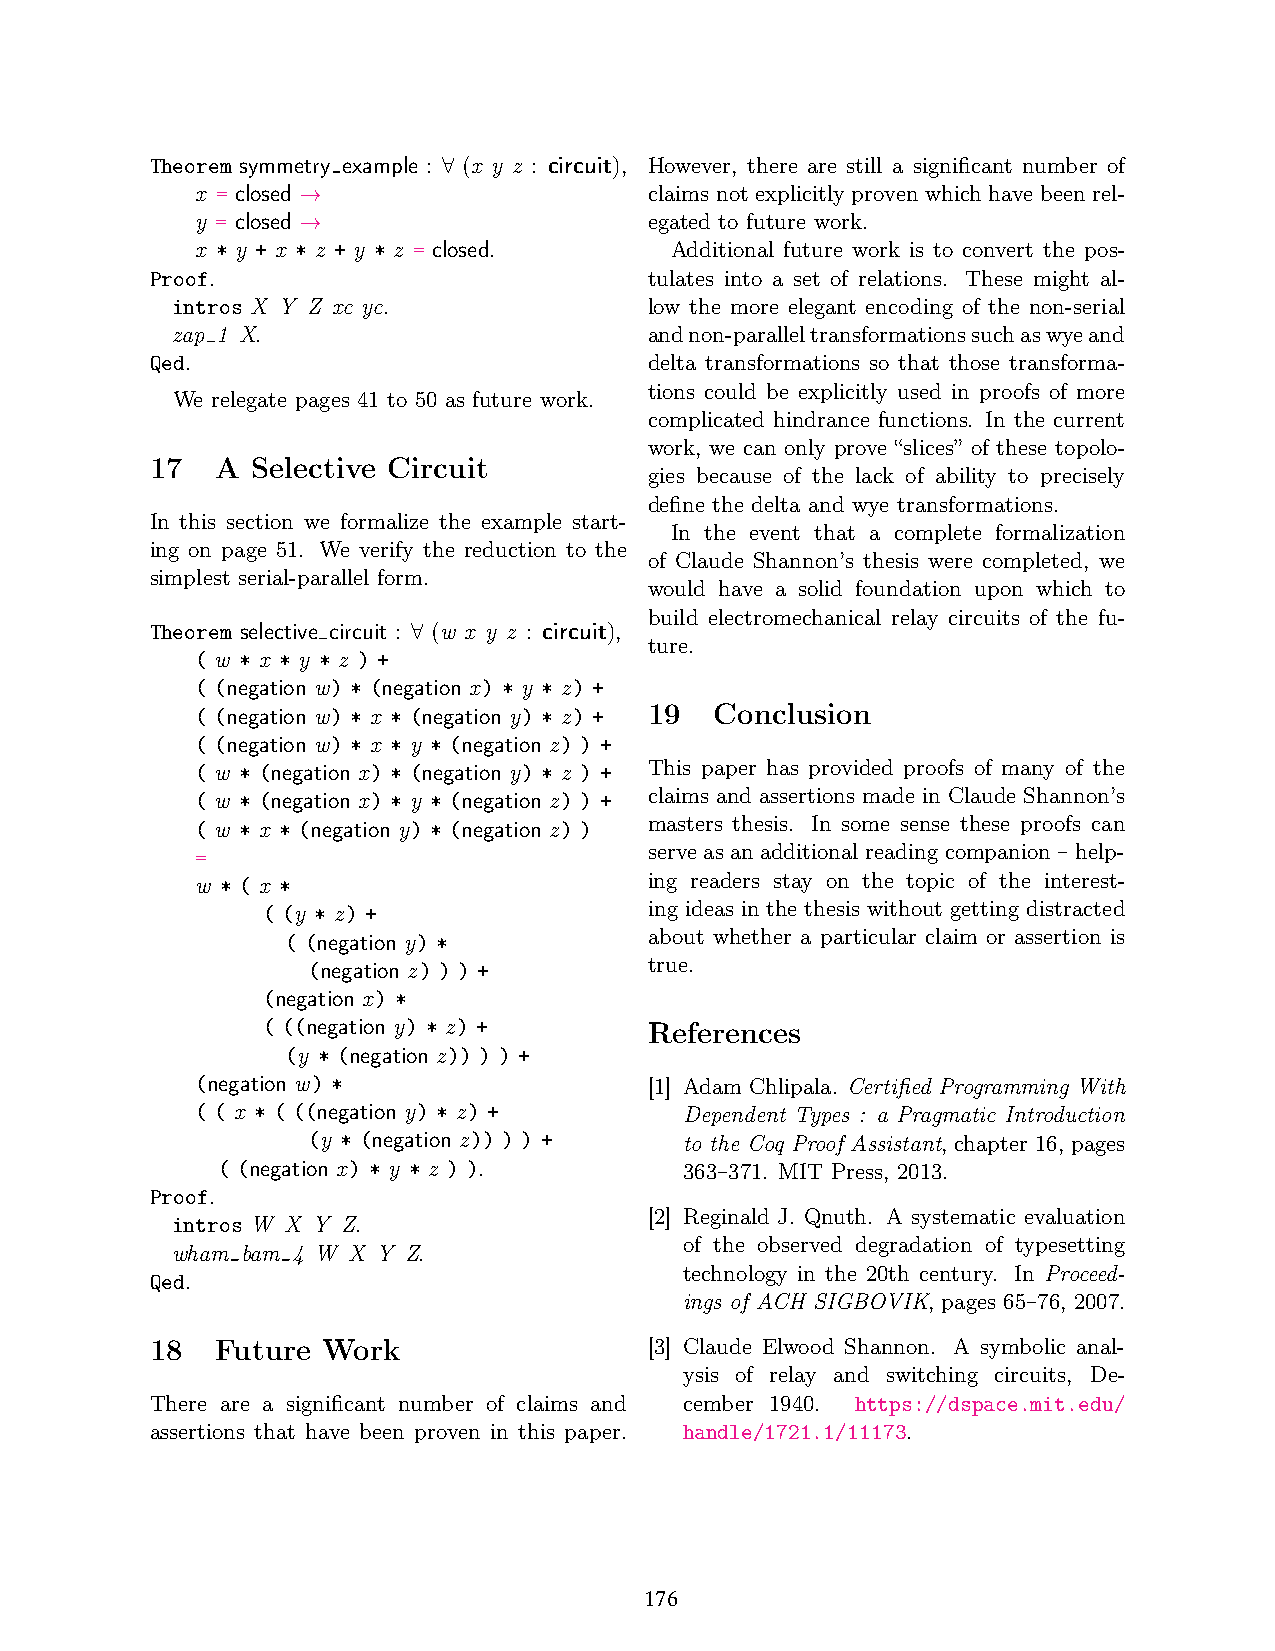
Theorem symmetry example : (x y z : circuit), However, there are still a significant number of
 ∀
 x = closed                    claims not explicitly proven which have been rel-
 →
 y = closed                    egated to future work.
 →
 x * y + x * z + y * z = closed. Additional future work is to convert the pos-
 Proof.                           tulates into a set of relations. These might al-
 intros X Y Z xc yc.             low the more elegant encoding of the non-serial
 zap 1 X.                        andnon-paralleltransformationssuchaswyeand
 Qed.                             delta transformations so that those transforma-
 tions could be explicitly used in proofs of more
 We relegate pages 41 to 50 as future work.
 complicated hindrance functions. In the current
 work, we can only prove “slices” of these topolo-
 17  A  Selective Circuit
 gies because of the lack of ability to precisely
 define the delta and wye transformations.
 In this section we formalize the example start-
 In the event that a complete formalization
 ing on page 51. We verify the reduction to the
 of Claude Shannon’s thesis were completed, we
 simplest serial-parallel form.
 would have a solid foundation upon which to
 build electromechanical relay circuits of the fu-
 Theorem selective circuit : (w x y z : circuit),
 ∀               ture.
 ( w * x * y * z ) +
 ( (negation w) * (negation x) * y * z) +
 ( (negation w) * x * (negation y) * z) + 19 Conclusion
 ( (negation w) * x * y * (negation z) ) +
 ( w * (negation x) * (negation y) * z ) + This paper has provided proofs of many of the
 ( w * (negation x) * y * (negation z) ) + claims and assertions made in Claude Shannon’s
 ( w * x * (negation y) * (negation z) ) masters thesis. In some sense these proofs can
 =                             serve as an additional reading companion – help-
 w * ( x *                     ing readers stay on the topic of the interest-
 ( (y * z) +               ing ideas in the thesis without getting distracted
 ( (negation y) *        about whether a particular claim or assertion is
 (negation z) ) ) +     true.
 (negation x) *
 ( ((negation y) * z) +    References
 (y * (negation z)) ) ) +
 (negation w) *                [1] Adam Chlipala. Certified Programming With
 ( ( x * ( ((negation y) * z) +  Dependent Types : a Pragmatic Introduction
 (y * (negation z)) ) ) + to the Coq Proof Assistant, chapter 16, pages
 ( (negation x) * y * z ) ).    363–371. MIT Press, 2013.
 Proof.
 [2] Reginald J. Qnuth. A systematic evaluation
 intros W X Y Z.
 of the observed degradation of typesetting
 wham bam 4 W X Y Z.
 technology in the 20th century. In Proceed-
 Qed.
 ings of ACH SIGBOVIK, pages 65–76, 2007.
 18  Future Work                  [3] Claude Elwood Shannon. A symbolic anal-
 ysis of relay and switching circuits, De-
 There are a significant number of claims and cember 1940. https://dspace.mit.edu/
 assertions that have been proven in this paper. handle/1721.1/11173.
 176